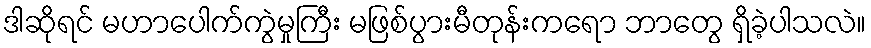
ဒါဆိုရင် မဟာပေါက်ကွဲမှုကြီး မဖြစ်ပွားမီတုန်းကရော ဘာတွေ ရှိခဲ့ပါသလဲ။